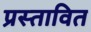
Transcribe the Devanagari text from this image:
प्रस्‍तावित